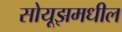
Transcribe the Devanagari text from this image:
सोयूझमधील